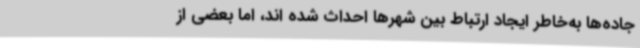
جاده‌ها به‌خاطر ایجاد ارتباط بین شهرها احداث شده اند، اما بعضی از